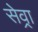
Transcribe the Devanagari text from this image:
सेव्रा